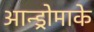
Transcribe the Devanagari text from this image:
आन्ड्रोमाके